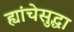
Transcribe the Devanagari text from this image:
ह्यांचेसुद्धा